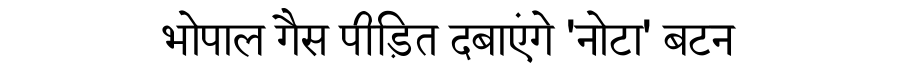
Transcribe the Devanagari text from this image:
भोपाल गैस पीड़ित दबाएंगे 'नोटा' बटन